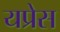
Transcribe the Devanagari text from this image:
यप्रेस